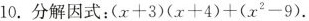
10. 分解因式：$$(x+3)(x+4)+(x^{2}-9)$$.